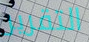
التقرير